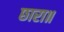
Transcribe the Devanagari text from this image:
छारा॥